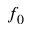
f _ { 0 }